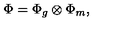
\Phi = \Phi _ { g } \otimes \Phi _ { m } ,